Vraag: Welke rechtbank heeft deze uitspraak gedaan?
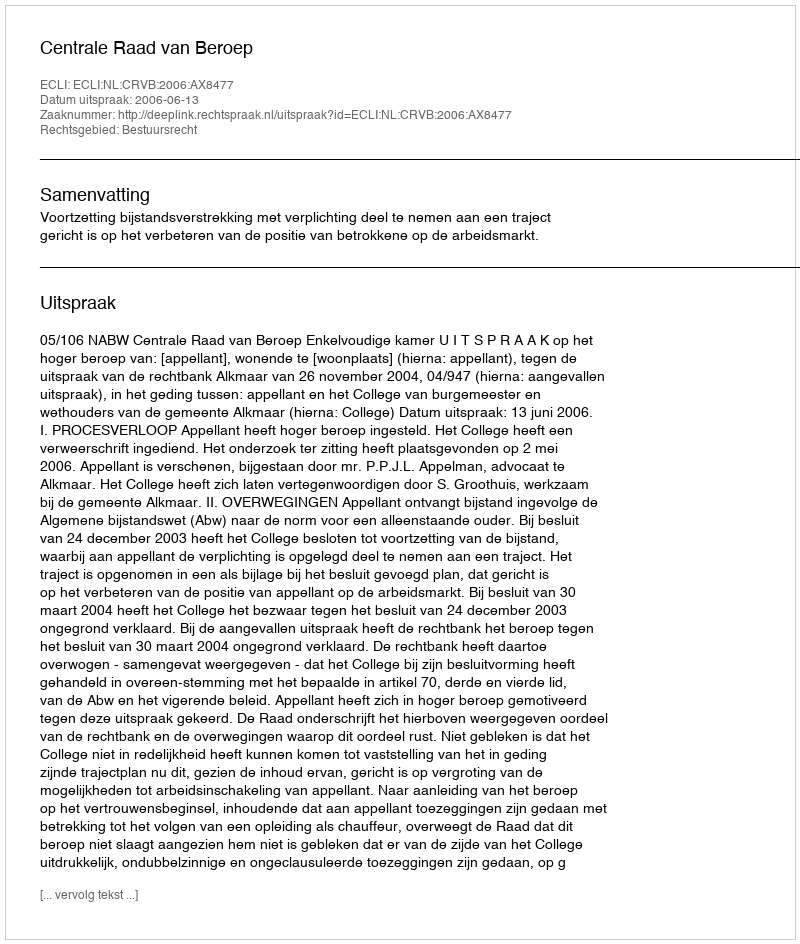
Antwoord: Centrale Raad van Beroep